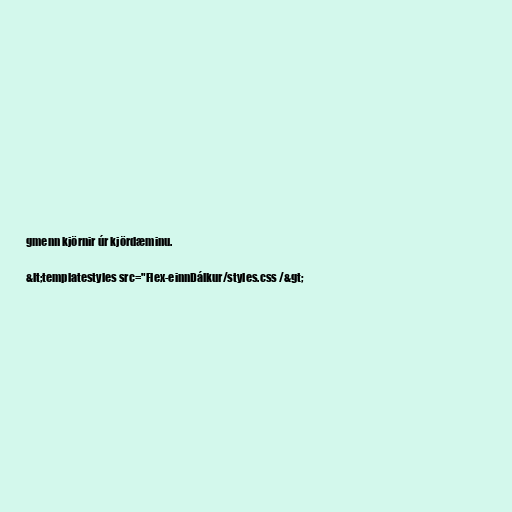
gmenn kjörnir úr kjördæminu.

&lt;templatestyles src="Flex-einnDálkur/styles.css /&gt;